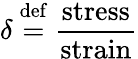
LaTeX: \delta\ {\stackrel{\mathrm{def}}{=}}\ {\frac{\mathrm{stress}}{\mathrm{strain}}}